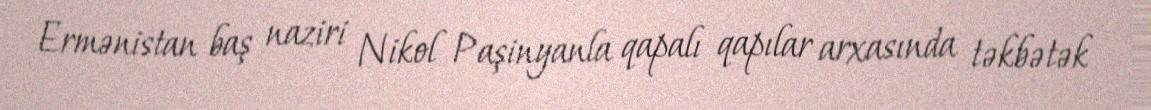
Ermənistan baş naziri Nikol Paşinyanla qapalı qapılar arxasında təkbətək